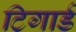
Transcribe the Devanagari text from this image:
टिगार्ड